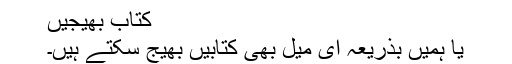
کتاب بھیجیں
یا ہمیں بذریعہ ای میل بھی کتابیں بھیج سکتے ہیں۔